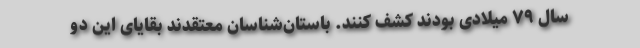
سال ۷۹ میلادی بودند کشف کنند. باستان‌شناسان معتقدند بقایای این دو